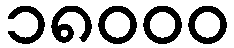
၁၈၀၀၀